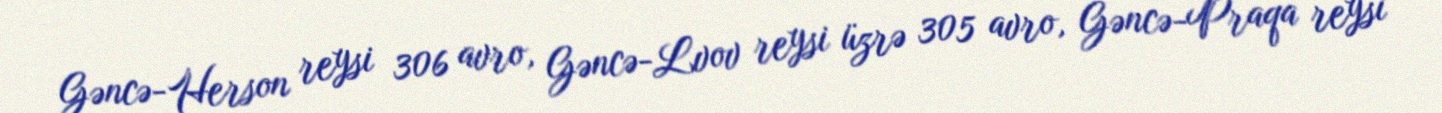
Gəncə-Herson reysi 306 avro, Gəncə-Lvov reysi üzrə 305 avro, Gəncə-Praqa reysi